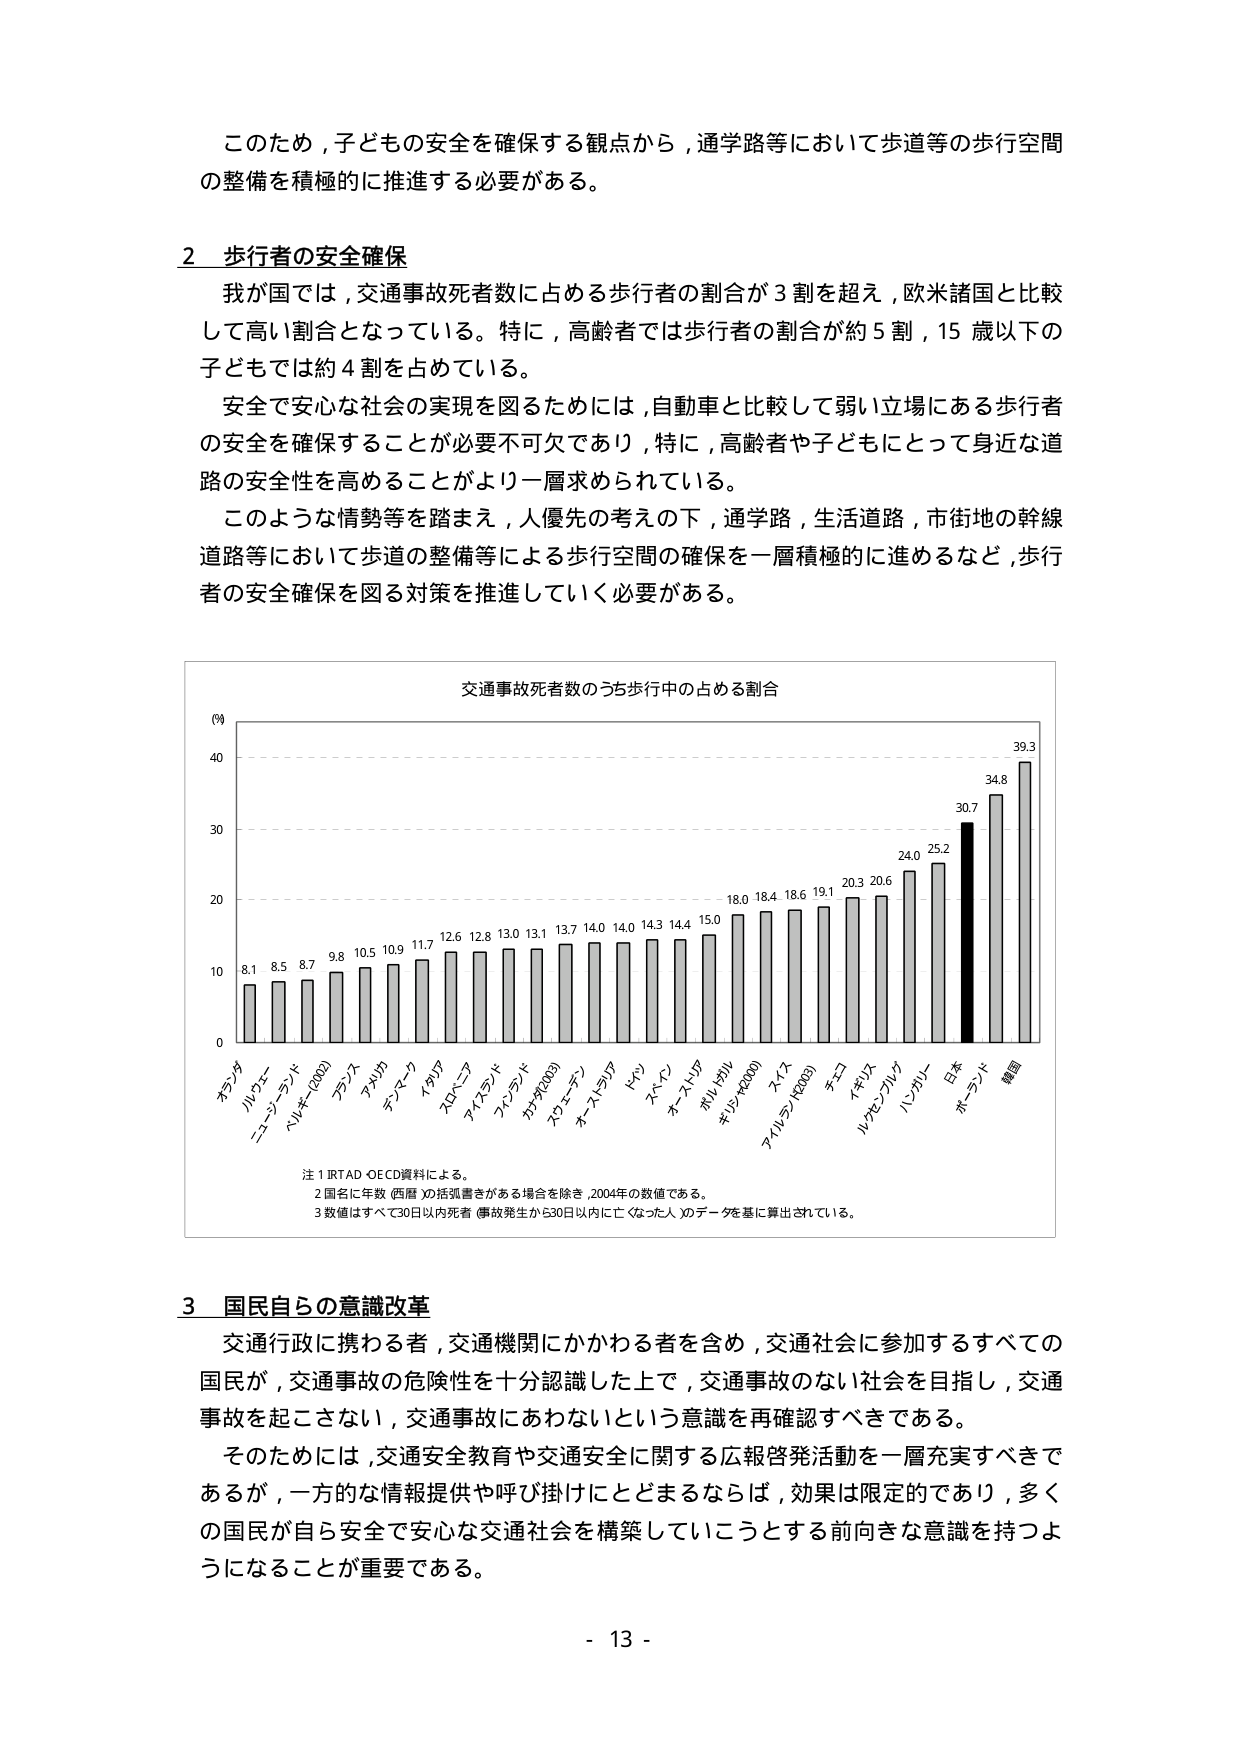
このため，子ども の安全を確保する観点から，通学路等において歩道等の歩行空間の整備を積極的に推進する必要がある。

2 歩行者の安全確保
我が国では，交通事故死者数に占める歩行者の割合が3割を超え，欧米諸国と比較して高い割合となっている。特に，高齢者では歩行者の割合が約5割，15歳以下の子どもでは約4割を占めている。
安全で安心な社会の実現を図るためには，自動車と比較して弱い立場にある歩行者の安全を確保することが必要不可欠であり，特に，高齢者や子どもにとって身近な道路の安全性を高めることがより一層求められている。
このような情勢等を踏まえ，人優先の考えの下，通学路，生活道路，市街地の幹線道路等において歩道の整備等による歩行空間の確保を一層積極的に進めるなど，歩行者の安全確保を図る対策を推進していく必要がある。

交通事故死者数のうち歩行中の占める割合
(％)
40
30
20
10
0
オランダ 8.1
ルクセンブルク 8.5
ニュージーランド 8.7
ベルギー(2003) 9.8
フランス 10.5
アメリカ 10.9
デンマーク 11.7
イタリア 12.6
スロベニア 12.8
アイスランド 13.0
フィンランド 13.1
カナダ(2003) 13.7
スウェーデン 14.0
オーストラリア 14.0
ドイツ 14.3
スイス 14.4
オーストリア 15.0
ポルトガル 16.0
ギリシャ(2000) 18.4
スイス 18.6
アイルランド(2003) 19.1
チェコ 20.3
イギリス 20.6
ルクセンブルク 24.0
ハンガリー 25.2
日本 30.7
ポーランド 34.8
韓国 39.3

注1 IRTAD・OECD資料による。
2 国名に年数（西暦）の括弧書きがある場合を除き，2004年の数値である。
3 数値はすべて30日以内死者（事故発生から30日以内に亡くなった人）のデータを基に算出されている。

3 国民自らの意識改革
交通行政に携わる者，交通機関にかかわる者を含め，交通社会に参加するすべての国民が，交通事故の危険性を十分認識した上で，交通事故のない社会を目指し，交通事故を起こさない，交通事故にあわないという意識を再確認すべきである。
そのためには，交通安全教育や交通安全に関する広報啓発活動を一層充実すべきであるが，一方的な情報提供や呼び掛けにとどまるならば，効果は限定的であり，多くの国民が自ら安全で安心な交通社会を構築していこうとする前向きな意識を持つようになることが重要である。

- 13 -